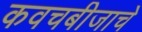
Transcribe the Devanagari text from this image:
कवचबीजाचे